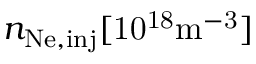
n _ { \mathrm { N e , i n j } } \mathrm { [ 1 0 ^ { 1 8 } m ^ { - 3 } ] }